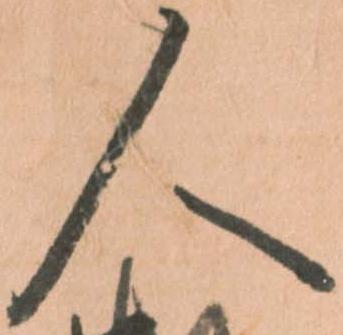
人